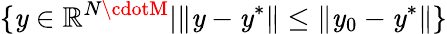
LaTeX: \{ \mathit{y}\in\mathbb{{R}}^{N\cdotM}|\| \mathit{y}-\mathit{y}^{*}\| \leq\| \mathit{y}_{0}-\mathit{y}^{*}\| \}